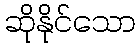
ဆိုနိုင်သော